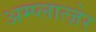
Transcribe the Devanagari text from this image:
अम्प्लात्ज़ेर